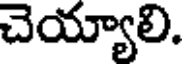
చెయ్యాలి.